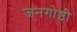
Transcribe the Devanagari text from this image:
जनगोष्ठी